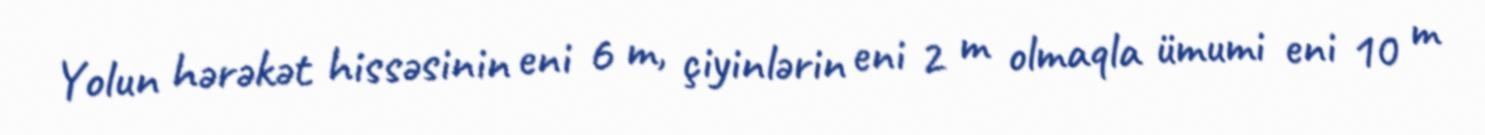
Yolun hərəkət hissəsinin eni 6 m, çiyinlərin eni 2 m olmaqla ümumi eni 10 m